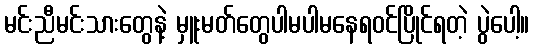
မင်းညီမင်းသားတွေနဲ့ မှူးမတ်တွေပါမပါမနေရဝင်ပြိုင်ရတဲ့ ပွဲပေါ့။